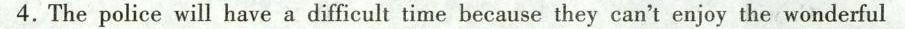
4.The police will have a difficult time because they can't enjoy the wonderful